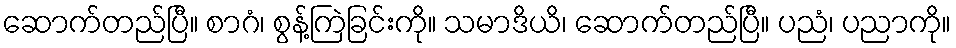
ဆောက်တည်ပြီ။ စာဂံ၊ စွန့်ကြဲခြင်းကို။ သမာဒိယိ၊ ဆောက်တည်ပြီ။ ပညံ၊ ပညာကို။